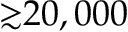
{ \gtrsim } 2 0 , 0 0 0